Annual report of the Punjab Veterinary College and of the Civil Veterinary Department, Punjab - 1926-1932
Year: 1926
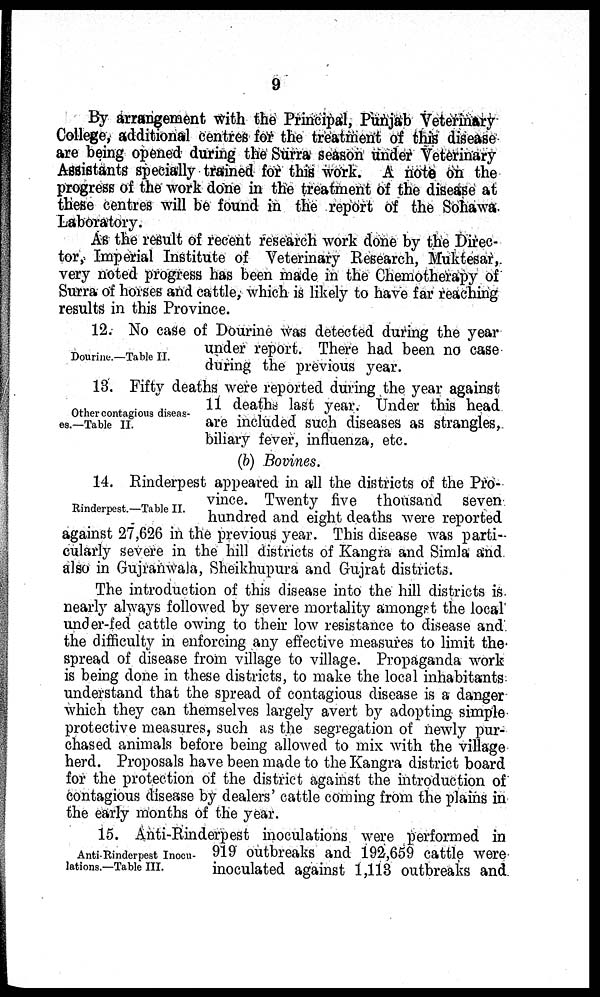
9
By arrangement with the Principal, Punjab Veterinary
College, additional centres for the treatment of this disease
are being opened during the Surra season under Veterinary
Assistants specially trained for this work. A note on the
progress of the work done in the treatment of the disease at
these centres will be found in the report of the Sohawa.
Laboratory.
As the result of recent research work done by the Direc-
tor, Imperial Institute of Veterinary Research, Muktesar,
very noted progress has been made in the Chemotherapy of
Surra of horses and cattle, which is likely to have far reaching
results in this Province.
Dourine —Table II.
12. No case of Dourine was detected during the year
under report. There had been no case
during the previous year.
Other contagious diseas-
es.—Table II.
13. Fifty deaths were reported during the year against
11 deaths last year. Under this head
are included such diseases as strangles,
biliary fever, influenza, etc.
(b) Bovines.
Rinderpest.—Table II.
14. Rinderpest appeared in all the districts of the Pro-
vince. Twenty five thousand seven
hundred and eight deaths were reported
against 27,626 in the previous year. This disease was parti-
cularly severe in the hill districts of Kangra and Simla and
also in Gujranwala, Sheikhupura and Gujrat districts.
The introduction of this disease into the hill districts is
nearly always followed by severe mortality amongst the local
under-fed cattle owing to their low resistance to disease and
the difficulty in enforcing any effective measures to limit the
spread of disease from village to village. Propaganda work
is being done in these districts, to make the local inhabitants
understand that the spread of contagious disease is a danger
which they can themselves largely avert by adopting simple
protective measures, such as the segregation of newly pur-
chased animals before being allowed to mix with the village
herd. Proposals have been made to the Kangra district board
for the protection of the district against the introduction of
contagious disease by dealers' cattle coming from the plains in
the early months of the year.
Anti-Rinderpest Inocu-
lations.—Table III.
15. Anti-Rinderpest inoculations were performed in
919 outbreaks and 192,659 cattle were
inoculated against 1,113 outbreaks and